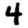
Digit: 4